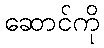
ဆောင်ကို